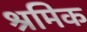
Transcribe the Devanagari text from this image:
श्रमिक